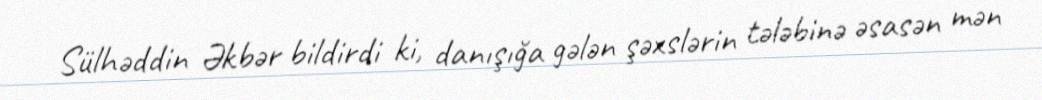
Sülhəddin Əkbər bildirdi ki, danışığa gələn şəxslərin tələbinə əsasən mən